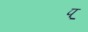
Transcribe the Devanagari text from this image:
प्‌